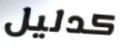
كدليل